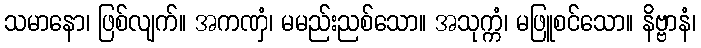
သမာနော၊ ဖြစ်လျက်။ အကဏှံ၊ မမည်းညစ်သော။ အသုက္ကံ၊ မဖြူစင်သော။ နိဗ္ဗာနံ၊